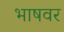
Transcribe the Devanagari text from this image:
भाषवर